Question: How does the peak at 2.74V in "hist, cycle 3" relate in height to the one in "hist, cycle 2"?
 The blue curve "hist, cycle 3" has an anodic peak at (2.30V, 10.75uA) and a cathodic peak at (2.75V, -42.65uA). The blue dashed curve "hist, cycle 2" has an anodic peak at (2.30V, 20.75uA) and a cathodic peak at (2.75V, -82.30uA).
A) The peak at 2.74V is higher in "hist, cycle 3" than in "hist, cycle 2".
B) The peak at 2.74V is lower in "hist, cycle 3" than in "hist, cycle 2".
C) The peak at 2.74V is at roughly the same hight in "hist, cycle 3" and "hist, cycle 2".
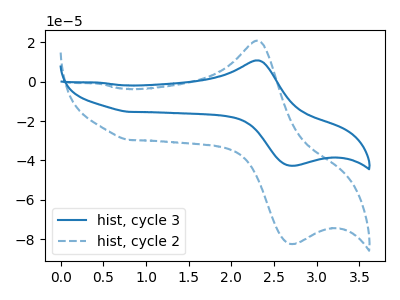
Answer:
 <answer>B) The peak at 2.74V is lower in "hist, cycle 3" than in "hist, cycle 2".</answer>
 <eval>B</eval>